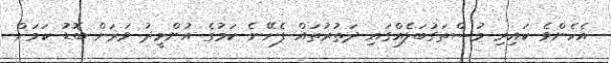
އެހެންވެ ކައިރި މުސްތަގުބަލެއްގައި ދަތުރުތައް ފެށޭނެ ކަމުގެ އުންމީދު ވަރަށް ބޮޑު ކަމަށް